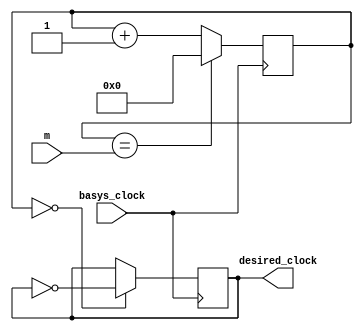
`timescale 1ns / 1ps
//////////////////////////////////////////////////////////////////////////////////
// Company: 
// Engineer: 
// 
// Design Name: 
// Module Name: my_clock_divider
// Project Name: 
// Target Devices: 
// Tool Versions: 
// Description: 
// 
// Dependencies: 
// 
// Revision:
// Revision 0.01 - File Created
// Additional Comments:
// 
//////////////////////////////////////////////////////////////////////////////////


module my_clock_divider(input basys_clock, input [31:0] m, output reg desired_clock = 0);
    reg [31:0] COUNT = 0;
    
    always @ (posedge basys_clock) begin
        COUNT <= (COUNT == m) ? 0 : COUNT + 1;
        desired_clock <= (COUNT == 0) ? ~desired_clock : desired_clock;
    end
    
endmodule